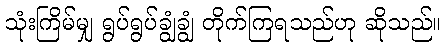
သုံးကြိမ်မျှ ရွပ်ရွပ်ချွံချွံ တိုက်ကြရသည်ဟု ဆိုသည်။